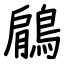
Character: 鵳